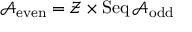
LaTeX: { \mathcal { A } } _ { \mathrm { e v e n } } = { \mathcal { Z } } \times \operatorname { S e q } { \mathcal { A } } _ { \mathrm { o d d } }